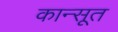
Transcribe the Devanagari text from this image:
कान्सूत